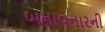
બનાવનારની